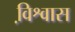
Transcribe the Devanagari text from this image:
वि़श्वास